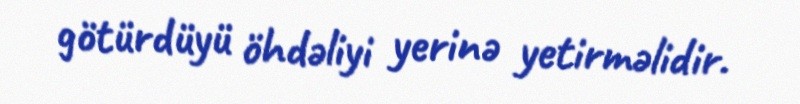
götürdüyü öhdəliyi yerinə yetirməlidir.